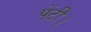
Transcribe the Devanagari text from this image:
पेंटी।